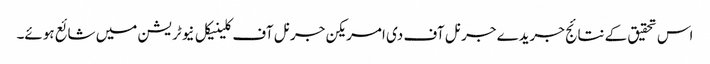
اس تحقیق کے نتائج جریدے جرنل آف دی امریکن جرنل آف کلینیکل نیوٹریشن میں شائع ہوئے۔